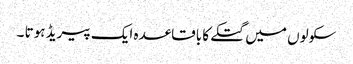
سکولوں میں گتکے کا باقاعدہ ایک پیریڈ ہوتا ۔